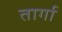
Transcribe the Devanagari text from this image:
तार्गा